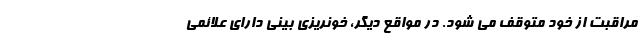
مراقبت از خود متوقف می شود. در مواقع دیگر، خونریزی بینی دارای علائمی